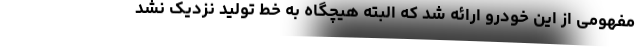
مفهومی از این خودرو ارائه شد که البته هیچگاه به خط تولید نزدیک نشد